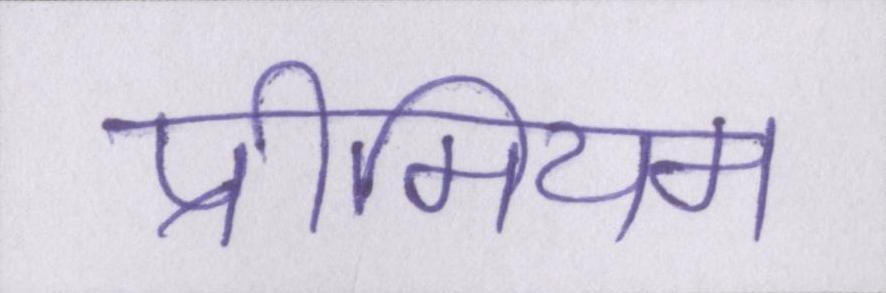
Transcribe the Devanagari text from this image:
प्रीमियम